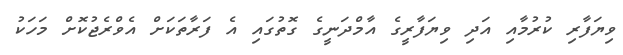
ވިޔަފާރި ކުރުމާއި އަދި ވިޔަފާރީގެ އާމްދަނީގެ ގޮތުގައި އެ ފަރާތަކަށް އެވްރެޖުކޮށް މަހަކު